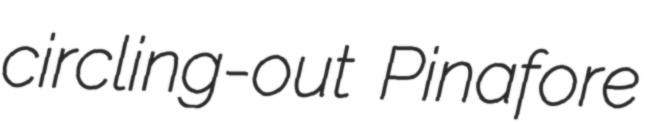
circling-out Pinafore